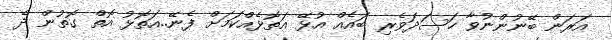
އަރަން ބޭނުންނުވާ ހަސަދަވެރި ބައެއް އުޅޭ އަތޮޅެއްކަމަށް ފެނޭ..އަތޮޅު އޮތް ގޮތުން ދެ